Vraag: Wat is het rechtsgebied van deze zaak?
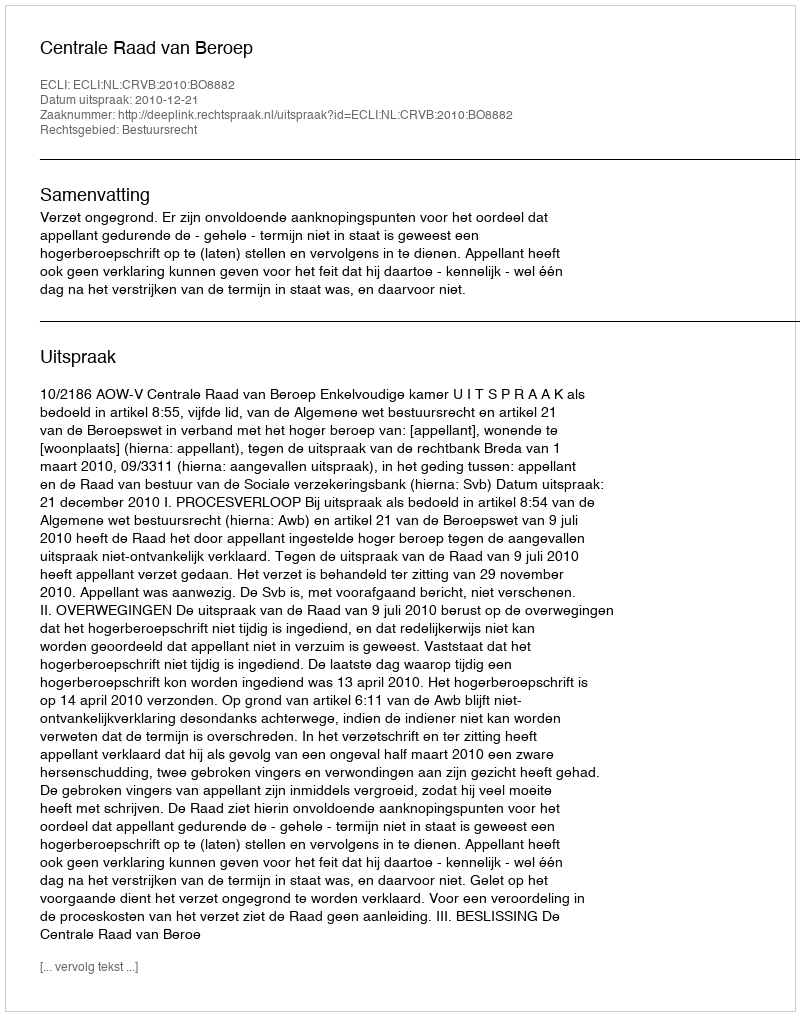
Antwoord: Bestuursrecht